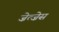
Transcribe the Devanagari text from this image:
ज़ेत्ज़ेस